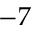
- 7